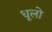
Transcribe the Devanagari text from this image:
धूलो